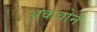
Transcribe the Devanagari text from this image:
अकवोन